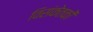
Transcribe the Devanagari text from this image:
विसंकेतकों